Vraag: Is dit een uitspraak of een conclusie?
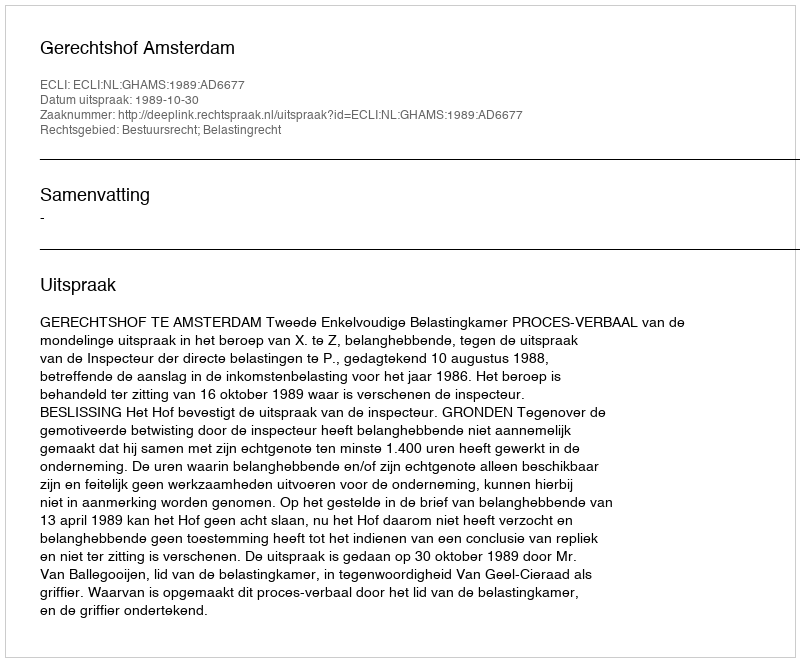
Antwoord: Uitspraak